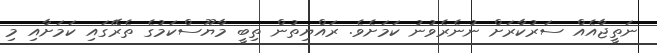
ނަތީޖާއެއް ސަރުކާރަށް ނުނެރެވުނު ކަމަށެވެ. ރައްޔިތުން ތިބީ މާޔޫސްކަމުގެ ތެރޭގައި ކަމަށާއި މި